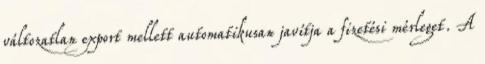
változatlan export mellett automatikusan javítja a fizetési mérleget. A